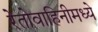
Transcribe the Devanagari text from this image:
रेतोवाहिनीमध्ये